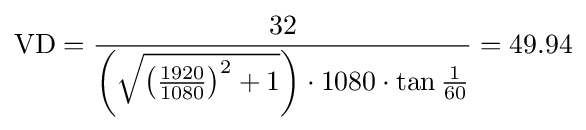
{\textrm {VD}}={\frac {\textrm {32}}{\left({\sqrt {\left({\frac {\textrm {1920}}{\textrm {1080}}}\right)^{2}+1}}\right)\cdot {\textrm {1080}}\cdot \tan {\frac {1}{60}}}}=49.94